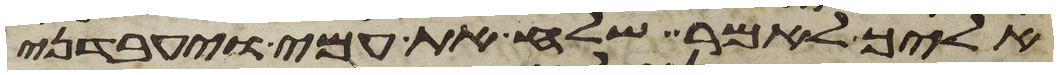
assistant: אליך לאמר שלח את עמי ויעבדני